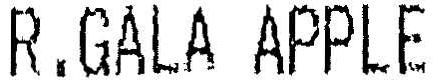
R.GALA APPLE